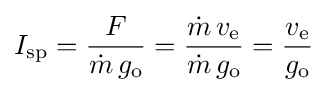
I_{\text{sp}}={\frac {F}{{\dot {m}}\,g_{\text{o}}}}={\frac {{\dot {m}}\,v_{\text{e}}}{{\dot {m}}\,g_{\text{o}}}}={\frac {v_{\text{e}}}{g_{\text{o}}}}